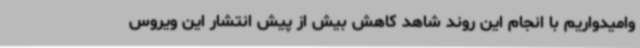
وامیدواریم با انجام این روند شاهد کاهش بیش از پیش انتشار این ویروس